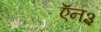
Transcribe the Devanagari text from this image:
ऍन३